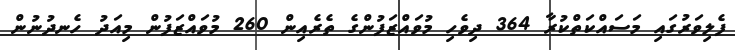
ފެލިވަރުގައި މަސައްކަތްކުރާ 364 ދިވެހި މުވައްޒަފުންގެ ތެރެއިން 260 މުވައްޒަފުން މިއަދު ހެނދުނުން